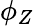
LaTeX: \phi_{Z}